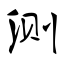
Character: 测